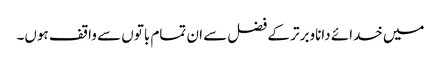
میں خدائے داناوبرتر کے فضل سے ان تمام باتوں سے واقف ہوں۔